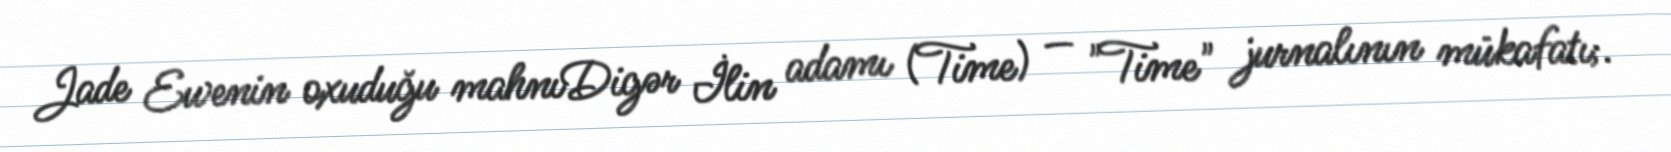
Jade Ewenin oxuduğu mahnıDigər İlin adamı (Time) — "Time" jurnalının mükafatı;.